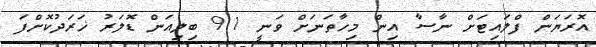
އޮރަޔަން ފްލައިޓަށް ނާސާ އިން މިހާތަނަށް ވަނީ 9.1 ބިލިއަން ޑޮލަރު ޚަރަދުކޮށްފަ